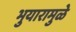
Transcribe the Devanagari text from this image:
भुयारामुळे